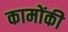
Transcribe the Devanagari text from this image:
कामोंकी